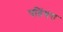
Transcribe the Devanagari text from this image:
पतिंवरा